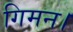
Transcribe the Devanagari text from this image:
गिमन।